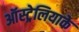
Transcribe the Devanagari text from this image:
ऑस्ट्रेलियाके